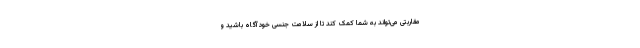
مقاربتی می‌تواند به شما کمک کند تا از سلامت جنسی خود آگاه باشید و